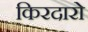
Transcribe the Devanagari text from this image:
किरदारो